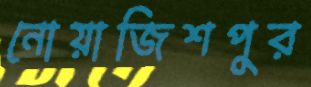
নোয়াজিশপুর